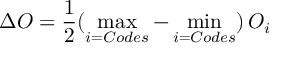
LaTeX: \Delta O = \frac { 1 } { 2 } ( \operatorname * { m a x } _ { i = C o d e s } - \operatorname * { m i n } _ { i = C o d e s } ) \, O _ { i }